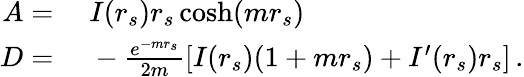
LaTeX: \begin{array}{rl}{A={}}&{{}I(r_{s})r_{s}\cosh(mr_{s})}\\ {D={}}&{{}-\frac{e^{-mr_{s}}}{2m}\left[I(r_{s})(1+mr_{s})+I^{\prime}(r_{s})r_{s}\right]\, .}\end{array}